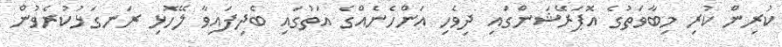
ކުރިން ކުރި މިބާވަތުގެ އޮޕަރޭޝަންގައި ދިވެހި އަންހެނެއްގެ އަތުގައި ބެދިފައިވާ ލޭހޮޅި ރަނގަޅުކުރެވުން